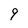
Character: 9